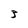
Character: 3